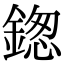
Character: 鍯